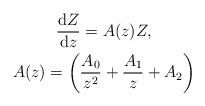
LaTeX: \begin{gather*}\frac{{\rm d}Z}{{\rm d}z}=A(z)Z, \\A(z)=\left(\frac{A_0}{z^2}+\frac{A_1}{z}+A_2\right)\end{gather*}